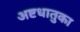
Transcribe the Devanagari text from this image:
अष्टधातुका